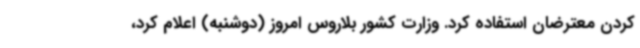
کردن معترضان استفاده کرد. وزارت کشور بلاروس امروز (دوشنبه) اعلام کرد،